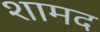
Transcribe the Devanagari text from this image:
शामद